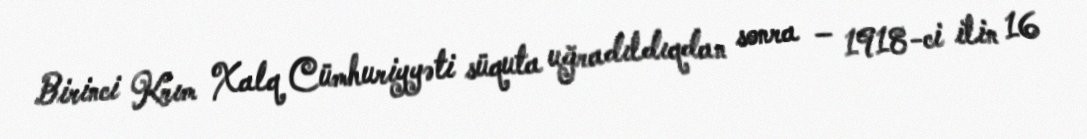
Birinci Krım Xalq Cümhuriyyəti süquta uğradıldıqdan sonra – 1918-ci ilin 16